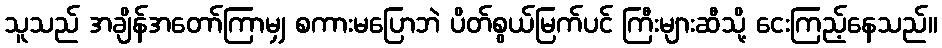
သူသည် အချိန်အတော်ကြာမျှ စကားမပြောဘဲ ပိတ်စွယ်မြက်ပင် ကြီးများဆီသို့ ငေးကြည့်နေသည်။